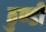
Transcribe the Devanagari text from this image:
ठुण्डी